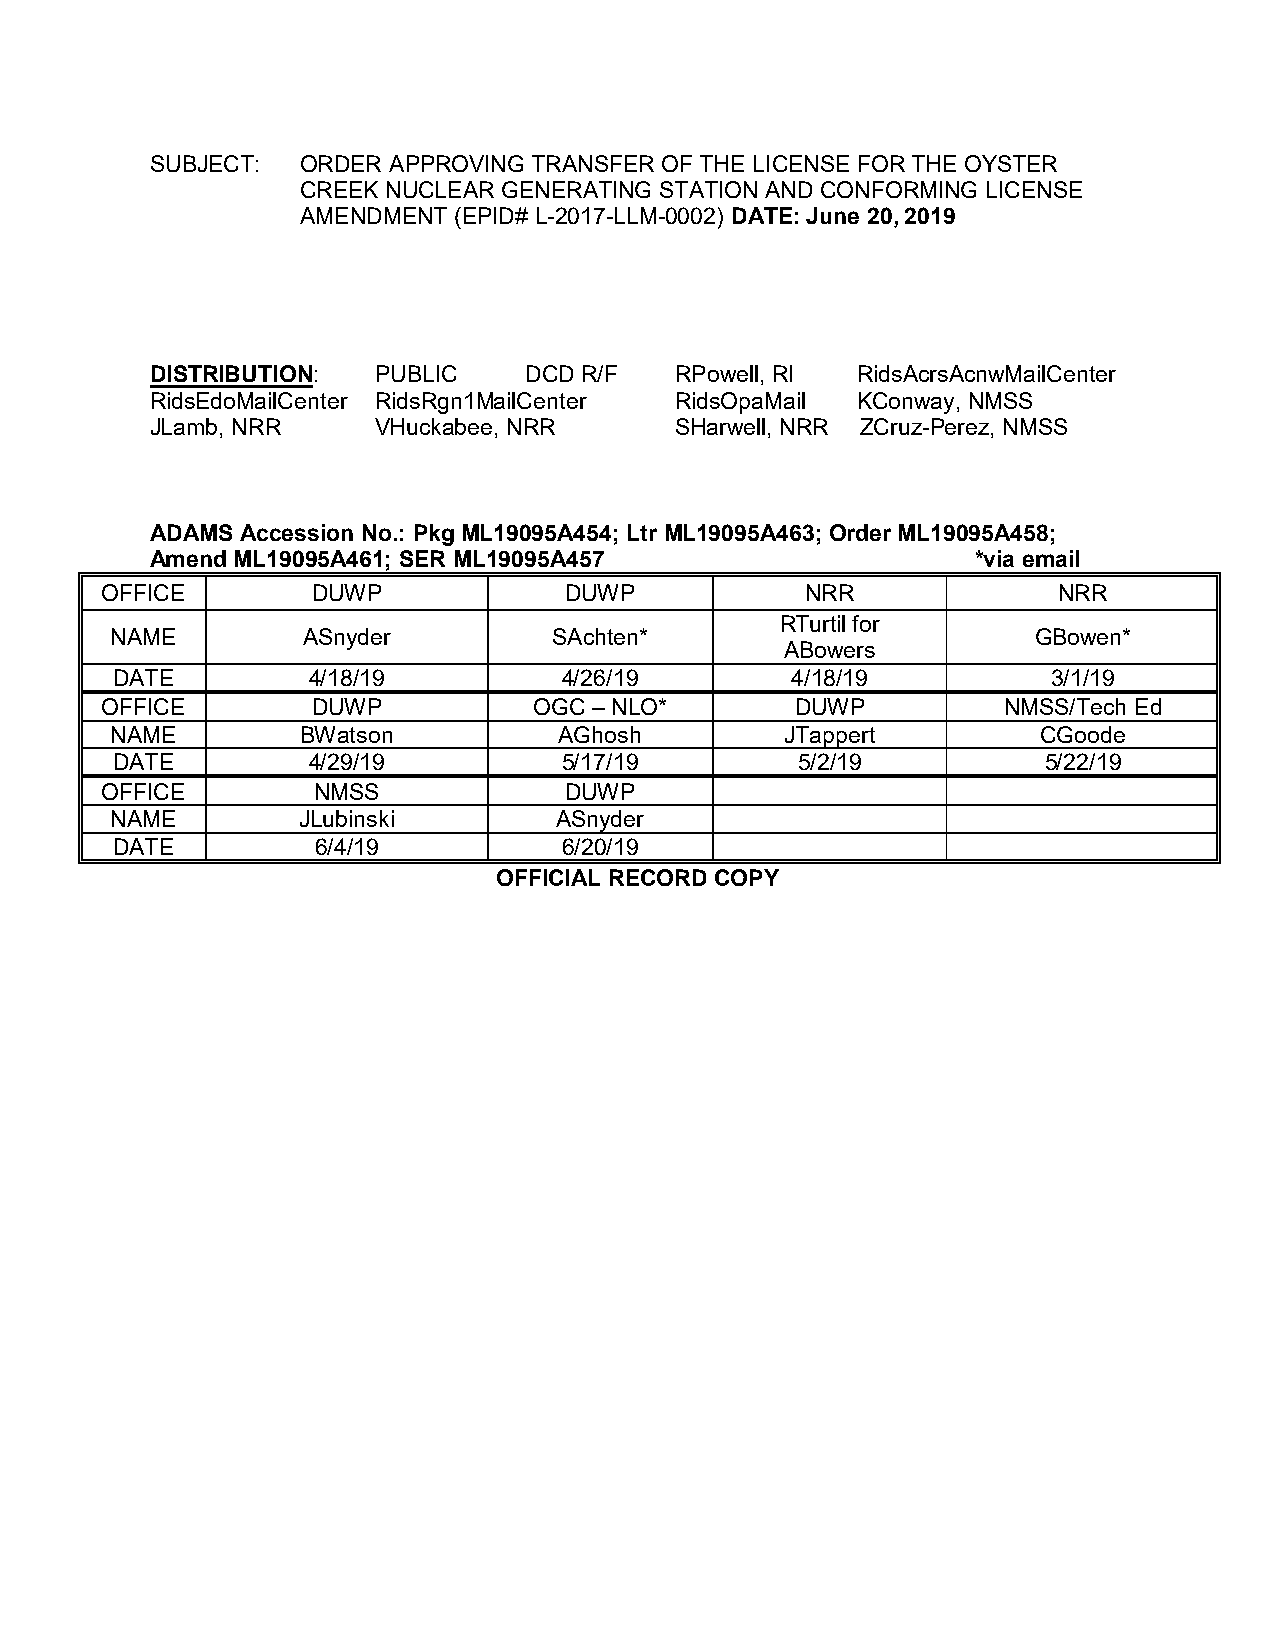
SUBJECT:  ORDER APPROVING TRANSFER OF THE LICENSE FOR THE OYSTER
 CREEK NUCLEAR GENERATING STATION AND CONFORMING LICENSE
 AMENDMENT (EPID# L-2017-LLM-0002) DATE: June 20, 2019
 DISTRIBUTION:  PUBLIC    DCD R/F   RPowell, RI RidsAcrsAcnwMailCenter
 RidsEdoMailCenter RidsRgn1MailCenter RidsOpaMail KConway, NMSS
 JLamb, NRR     VHuckabee, NRR      SHarwell, NRR ZCruz-Perez, NMSS
 ADAMS Accession No.: Pkg ML19095A454; Ltr ML19095A463; Order ML19095A458;
 Amend ML19095A461; SER ML19095A457                     *via email
 OFFICE        DUWP            DUWP            NRR              NRR
 RTurtil for
 NAME         ASnyder          SAchten*                       GBowen*
 ABowers
 DATE         4/18/19          4/26/19        4/18/19           3/1/19
 OFFICE        DUWP          OGC – NLO*        DUWP         NMSS/Tech Ed
 NAME         BWatson          AGhosh         JTappert         CGoode
 DATE         4/29/19          5/17/19         5/2/19          5/22/19
 OFFICE        NMSS            DUWP
 NAME         JLubinski        ASnyder
 DATE          6/4/19          6/20/19
 OFFICIAL RECORD COPY